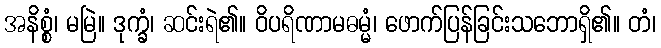
အနိစ္စံ၊ မမြဲ။ ဒုက္ခံ၊ ဆင်းရဲ၏။ ဝိပရိဏာမဓမ္မံ၊ ဖောက်ပြန်ခြင်းသဘောရှိ၏။ တံ၊